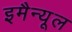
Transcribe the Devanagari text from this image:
इमैन्यूल